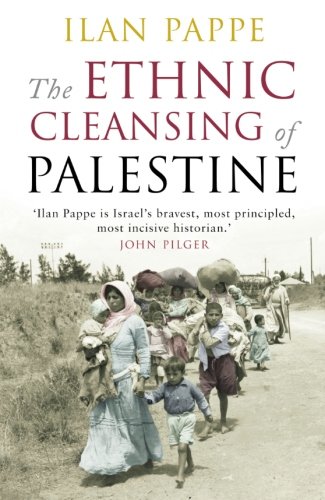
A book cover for The Ethnic Cleansing of Palestine; Ilan Pappe; History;